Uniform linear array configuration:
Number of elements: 4
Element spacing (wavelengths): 1
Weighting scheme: kaiser
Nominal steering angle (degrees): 0
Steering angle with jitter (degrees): -1.398
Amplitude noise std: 0.05
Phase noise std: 0.05

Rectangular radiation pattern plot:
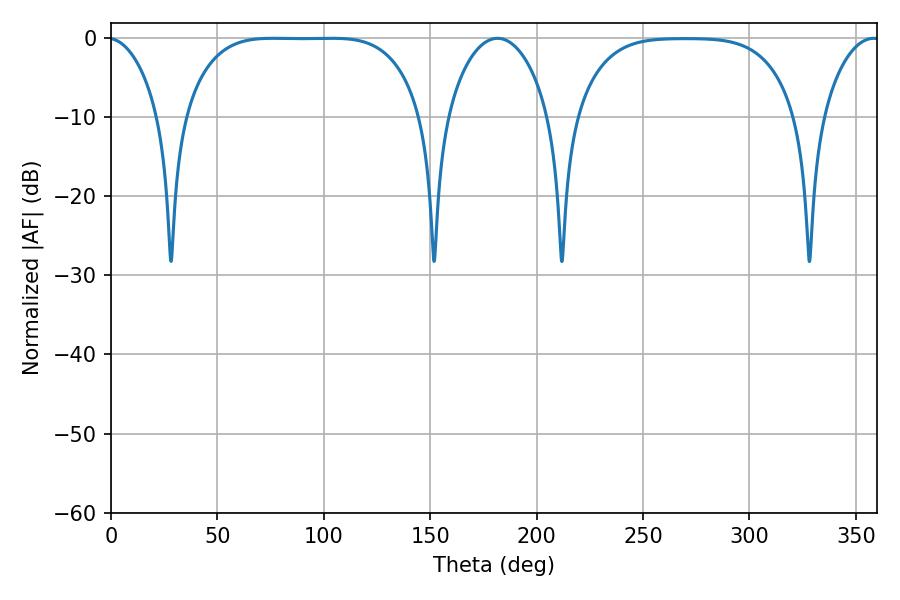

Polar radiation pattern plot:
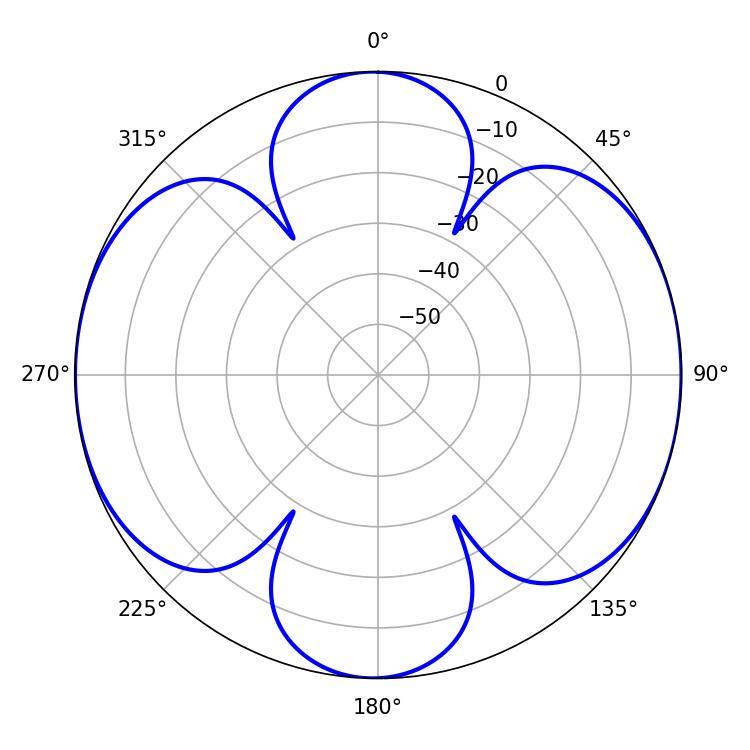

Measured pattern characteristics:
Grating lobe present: TRUE
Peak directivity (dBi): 12.074
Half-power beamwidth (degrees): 85.32
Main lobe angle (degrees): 76.32